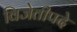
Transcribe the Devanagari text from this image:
विजेतीपदे